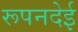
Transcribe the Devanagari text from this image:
रूपनदेई